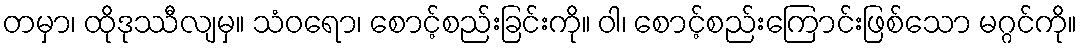
တမှာ၊ ထိုဒုဿီလျမှ။ သံဝရော၊ စောင့်စည်းခြင်းကို။ ဝါ၊ စောင့်စည်းကြောင်းဖြစ်သော မဂ္ဂင်ကို။